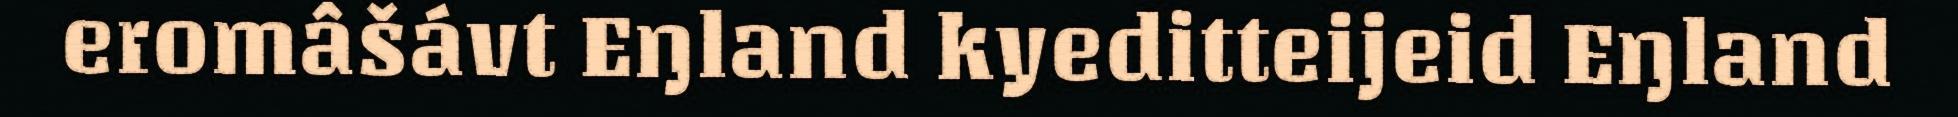
eromâšávt Eŋland kyeditteijeid Eŋland